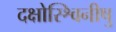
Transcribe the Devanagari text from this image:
दक्षोस्श्विनीषु